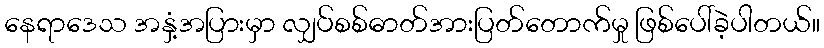
နေရာဒေသ အနှံ့အပြားမှာ လျှပ်စစ်ဓာတ်အားပြတ်တောက်မှု ဖြစ်ပေါ်ခဲ့ပါတယ်။